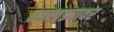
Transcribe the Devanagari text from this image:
तळखड्यावर